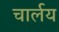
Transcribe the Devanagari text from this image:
चार्लय